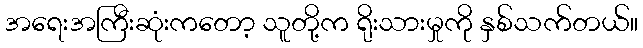
အရေးအကြီးဆုံးကတော့ သူတို့က ရိုးသားမှုကို နှစ်သက်တယ်။